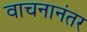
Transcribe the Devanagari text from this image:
वाचनानंतर